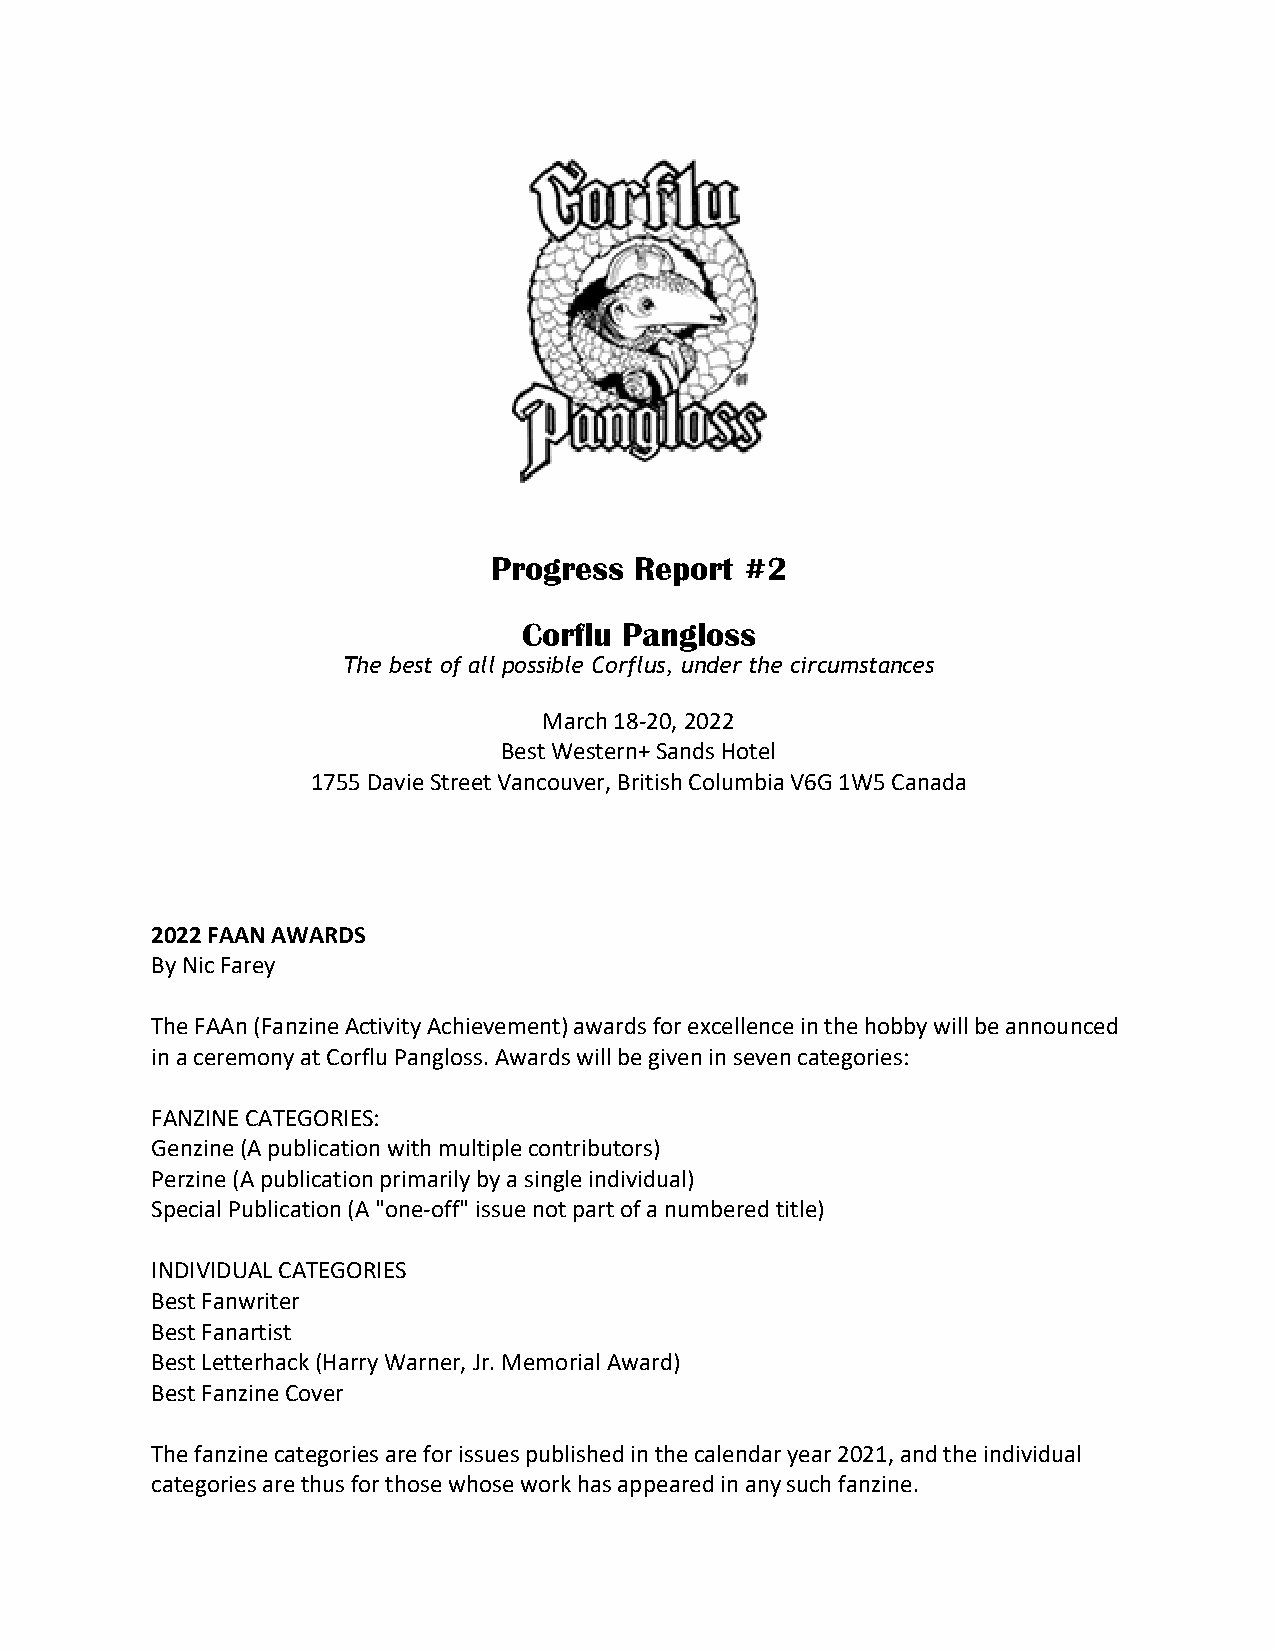
Progress  Report #2
 Corflu Pangloss
 The best of all possible Corflus, under the circumstances
 March 18-20, 2022
 Best Western+ Sands Hotel
 1755 Davie Street Vancouver, British Columbia V6G 1W5 Canada
 2022 FAAN AWARDS
 By Nic Farey
 The FAAn (Fanzine Activity Achievement) awards for excellence in the hobby will be announced
 in a ceremony at Corflu Pangloss. Awards will be given in seven categories:
 FANZINE CATEGORIES:
 Genzine (A publication with multiple contributors)
 Perzine (A publication primarily by a single individual)
 Special Publication (A "one-off" issue not part of a numbered title)
 INDIVIDUAL CATEGORIES
 Best Fanwriter
 Best Fanartist
 Best Letterhack (Harry Warner, Jr. Memorial Award)
 Best Fanzine Cover
 The fanzine categories are for issues published in the calendar year 2021, and the individual
 categories are thus for those whose work has appeared in any such fanzine.